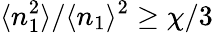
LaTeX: \langle n_{1}^{2}\rangle/\langle n_{1}\rangle^{2}\geq\chi/3